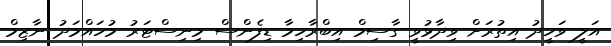
އަލީ ވަހީދު އިތުރަށް ވިދާޅުވީ ގާސިމް އިބްރާހިމާ ޑިފެންސް މިނިސްޓަރު މުހައްމަދު ނާޒިމް